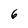
Character: 6